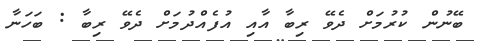
ބޭނުން ކުރުމަށް ދެވޭ ރިބާ އާއި އުފެއްދުމަށް ދެވޭ ރިބާ : ބަހަނާ